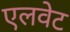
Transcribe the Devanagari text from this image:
एलवेट